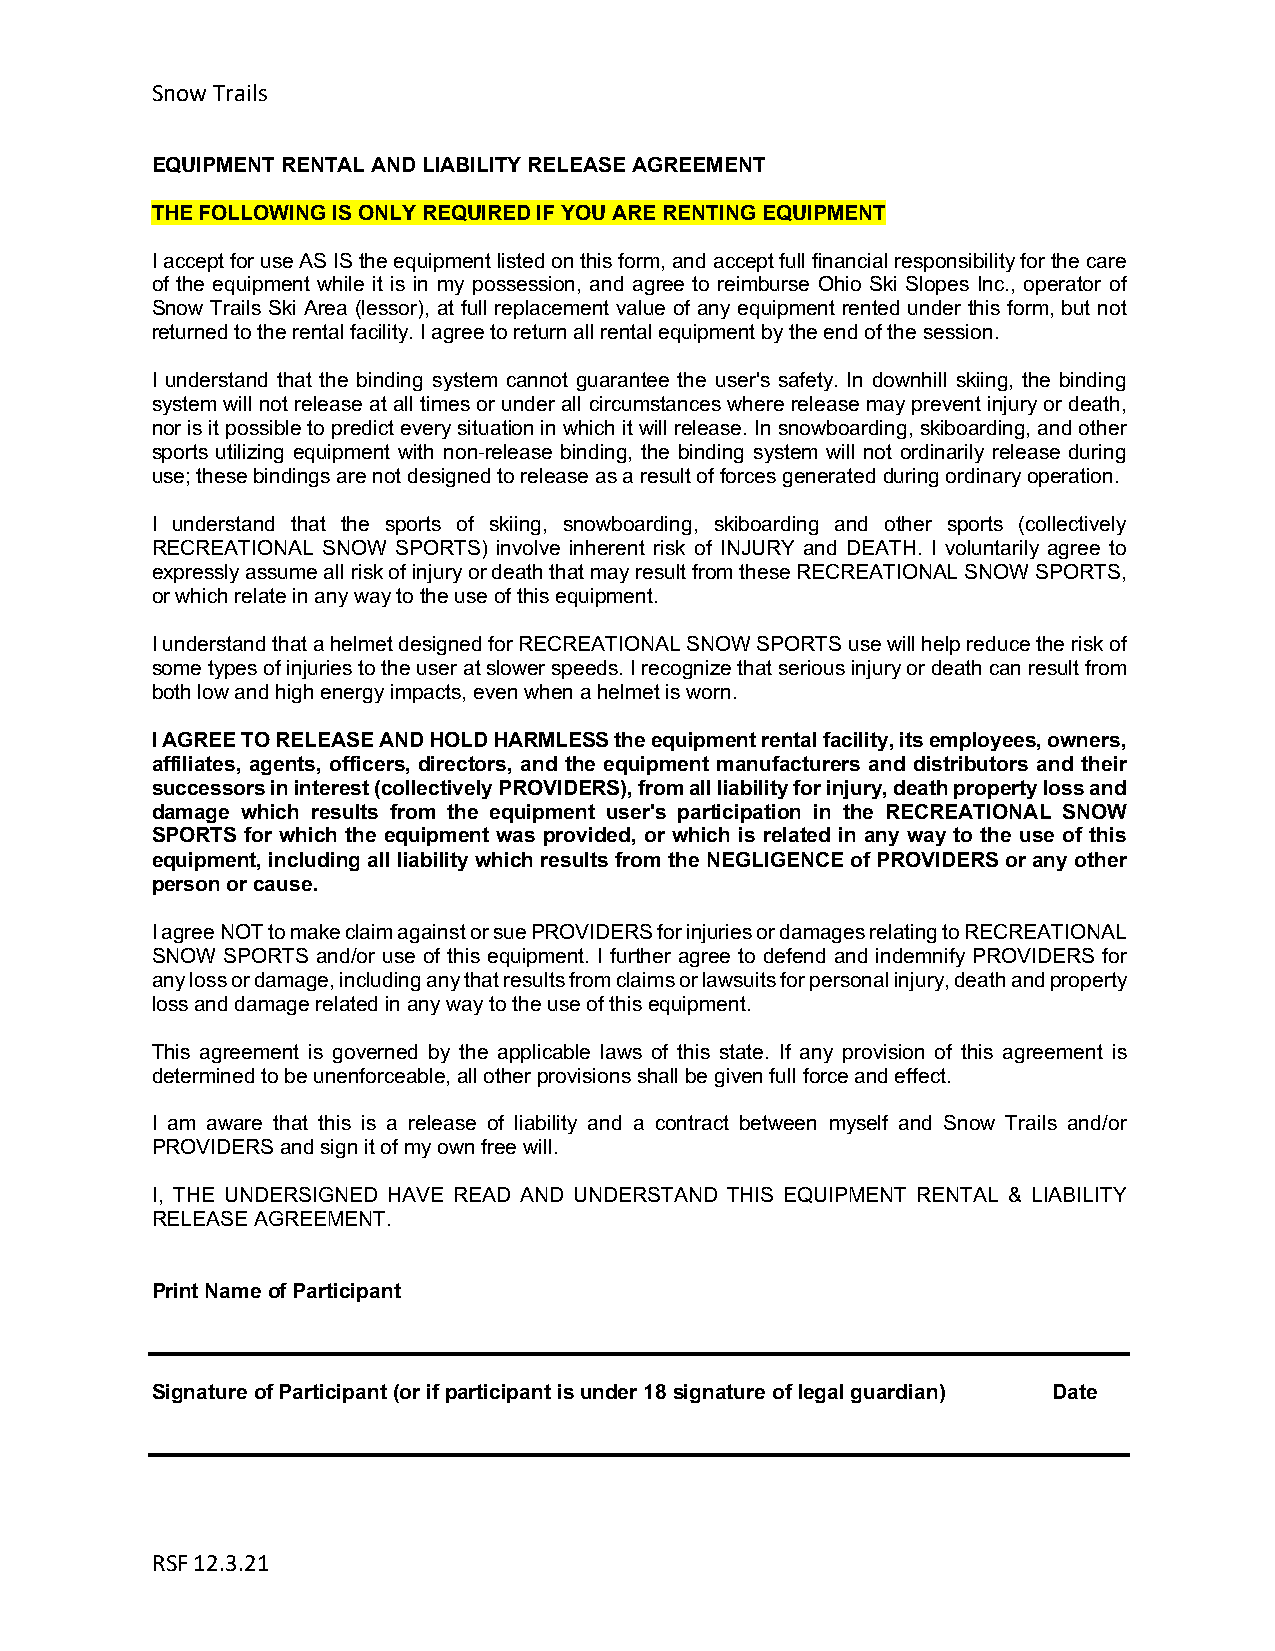
Snow Trails
 EQUIPMENT RENTAL AND LIABILITY RELEASE AGREEMENT
 THE FOLLOWING IS ONLY REQUIRED IF YOU ARE RENTING EQUIPMENT
 I accept for use AS IS the equipment listed on this form, and accept full financial responsibility for the care
 of the equipment while it is in my possession, and agree to reimburse Ohio Ski Slopes Inc., operator of
 Snow Trails Ski Area (lessor), at full replacement value of any equipment rented under this form, but not
 returned to the rental facility. I agree to return all rental equipment by the end of the session.
 I understand that the binding system cannot guarantee the user's safety. In downhill skiing, the binding
 system will not release at all times or under all circumstances where release may prevent injury or death,
 nor is it possible to predict every situation in which it will release. In snowboarding, skiboarding, and other
 sports utilizing equipment with non-release binding, the binding system will not ordinarily release during
 use; these bindings are not designed to release as a result of forces generated during ordinary operation.
 I understand that the sports of skiing, snowboarding, skiboarding and other sports (collectively
 RECREATIONAL SNOW SPORTS) involve inherent risk of INJURY and DEATH. I voluntarily agree to
 expressly assume all risk of injury or death that may result from these RECREATIONAL SNOW SPORTS,
 or which relate in any way to the use of this equipment.
 I understand that a helmet designed for RECREATIONAL SNOW SPORTS use will help reduce the risk of
 some types of injuries to the user at slower speeds. I recognize that serious injury or death can result from
 both low and high energy impacts, even when a helmet is worn.
 I AGREE TO RELEASE AND HOLD HARMLESS the equipment rental facility, its employees, owners,
 affiliates, agents, officers, directors, and the equipment manufacturers and distributors and their
 successors in interest (collectively PROVIDERS), from all liability for injury, death property loss and
 damage which results from the equipment user's participation in the RECREATIONAL SNOW
 SPORTS for which the equipment was provided, or which is related in any way to the use of this
 equipment, including all liability which results from the NEGLIGENCE of PROVIDERS or any other
 person or cause.
 I agree NOT to make claim against or sue PROVIDERS for injuries or damages relating to RECREATIONAL
 SNOW SPORTS and/or use of this equipment. I further agree to defend and indemnify PROVIDERS for
 any loss or damage, including any that results from claims or lawsuits for personal injury, death and property
 loss and damage related in any way to the use of this equipment.
 This agreement is governed by the applicable laws of this state. If any provision of this agreement is
 determined to be unenforceable, all other provisions shall be given full force and effect.
 I am aware that this is a release of liability and a contract between myself and Snow Trails and/or
 PROVIDERS and sign it of my own free will.
 I, THE UNDERSIGNED HAVE READ AND UNDERSTAND THIS EQUIPMENT RENTAL & LIABILITY
 RELEASE AGREEMENT.
 Print Name of Participant
 Signature of Participant (or if participant is under 18 signature of legal guardian) Date
 RSF 12.3.21